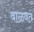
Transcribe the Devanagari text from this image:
वाळवत